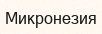
Микронезия